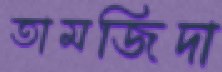
তামজিদা